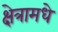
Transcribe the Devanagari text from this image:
क्षेत्रामधे